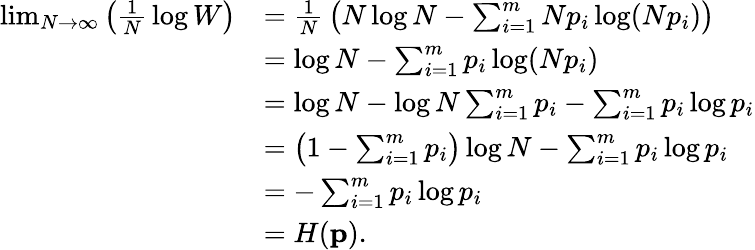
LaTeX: {\begin{array}{rl}{\operatorname*{lim}_{N\to\infty}\left({\frac{1}{N}}\log W\right)}&{={\frac{1}{N}}\left(N\log N-\sum_{i=1}^{m}Np_{i}\log(Np_{i})\right)}\\ &{=\log N-\sum_{i=1}^{m}p_{i}\log(Np_{i})}\\ &{=\log N-\log N\sum_{i=1}^{m}p_{i}-\sum_{i=1}^{m}p_{i}\log p_{i}}\\ &{=\left(1-\sum_{i=1}^{m}p_{i}\right)\log N-\sum_{i=1}^{m}p_{i}\log p_{i}}\\ &{=-\sum_{i=1}^{m}p_{i}\log p_{i}}\\ &{=H(\mathbf{p}).}\end{array}}